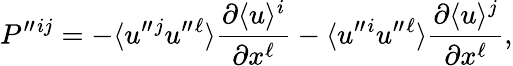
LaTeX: P^{\prime\prime}{}^{ij}=-\langle{u^{\prime\prime}{}^{j}u^{\prime\prime}{}^{\ell}}\rangle\frac{\partial\langle{u}\rangle^{i}}{\partial x^{\ell}}-\langle{u^{\prime\prime}{}^{i}u^{\prime\prime}{}^{\ell}}\rangle\frac{\partial\langle{u}\rangle^{j}}{\partial x^{\ell}},